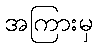
အကြားမှ